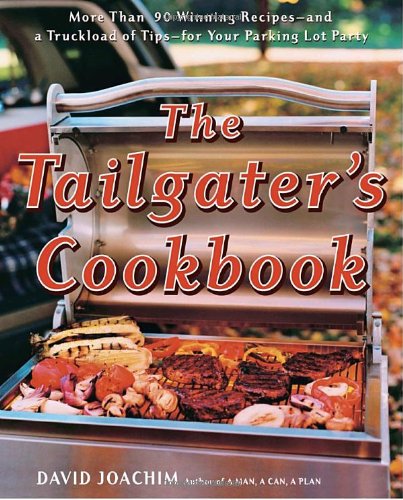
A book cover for The Tailgater's Cookbook; David Joachim; Cookbooks, Food & Wine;